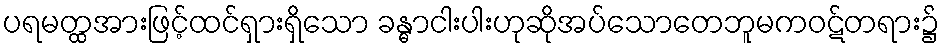
ပရမတ္ထအားဖြင့်ထင်ရှားရှိသော ခန္ဓာငါးပါးဟုဆိုအပ်သောတေဘူမကဝဋ်တရား၌